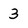
Character: 3